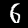
Label: 6